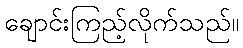
ချောင်းကြည့်လိုက်သည်။